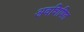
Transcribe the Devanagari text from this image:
अवशिषित